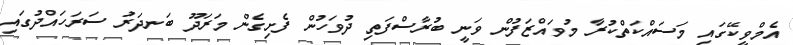
އެމްވީކޭގައި މަސައްކަތްކުރާ މުވައްޒަފުން ވަނީ ބުރާސްފަތި ދުވަހުން ފެށިގެން މަރަދޫ ބަނދަރު ސަރަހައްދުގައި